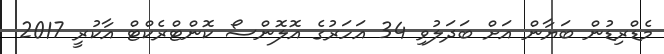
މެޑްރިޑުން ބަޔާން އަށް ބަދަލުވި 34 އަހަރުގެ އޮލޮންސޯ ކޮންޓްރެކްޓް އާކުރީ 2017